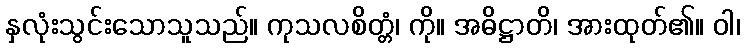
နှလုံးသွင်းသောသူသည်။ ကုသလစိတ္တံ၊ ကို။ အဓိဋ္ဌာတိ၊ အားထုတ်၏။ ဝါ၊